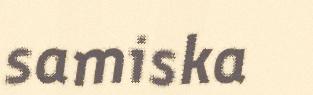
samiska